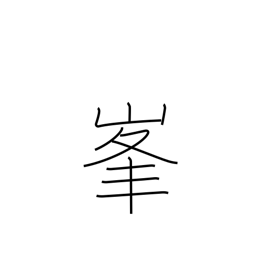
Meaning: peak